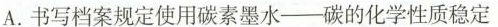
A.书写档案规定使用碳素墨水-碳的化学性质稳定